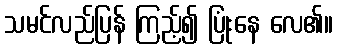
သမင်လည်ပြန် ကြည့်၍ ပြုံးနေ လေ၏။